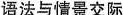
语法与情景交际